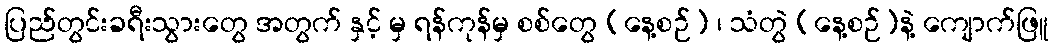
ပြည်တွင်းခရီးသွားတွေ အတွက် နှင့် မှ ရန်ကုန်မှ စစ်တွေ (နေ့စဉ်) ၊ သံတွဲ (နေ့စဉ်)နဲ့ ကျောက်ဖြူ